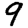
Digit: 9